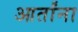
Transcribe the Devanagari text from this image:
आर्तांना